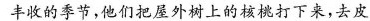
丰收的季节，他们把屋外树上的核桃打下来，去皮